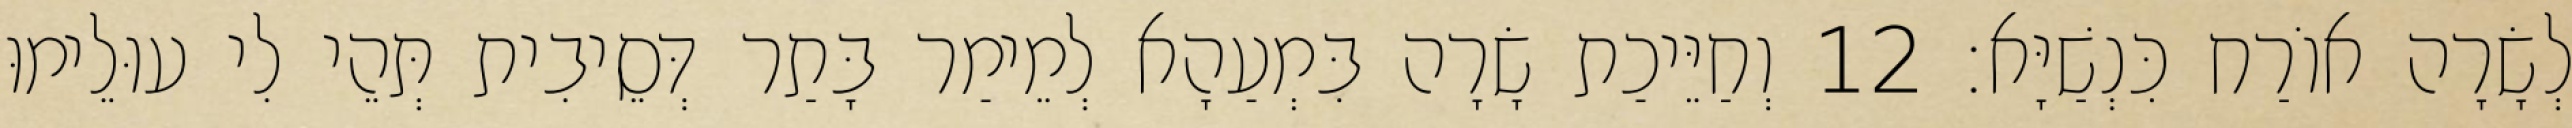
לְשָׂרָה אוֹרַח כִּנְשַׁיָּא׃ 12 וְחַיֵּיכַת שָׂרָה בִּמְעַהָא לְמֵימַר בָּתַר דְּסֵיבִית תְּהֵי לִי עוּלֵימוּ